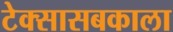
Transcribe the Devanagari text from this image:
टेक्सासबकाला